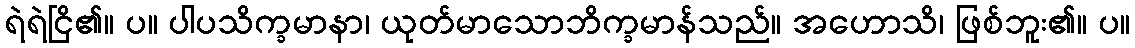
ရဲရဲငြိ၏။ ပ။ ပါပသိက္ခမာနာ၊ ယုတ်မာသောဘိက္ခမာန်သည်။ အဟောသိ၊ ဖြစ်ဘူး၏။ ပ။